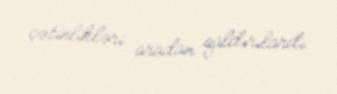
çətinlikləri aradan qaldırılardı.